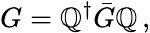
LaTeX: G=\mathbb{Q}^{\dagger}{\bar{{G}}}\mathbb{Q}\, ,